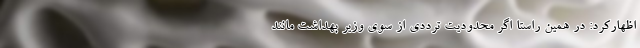
اظهارکرد: در همین راستا اگر محدودیت ترددی از سوی وزیر بهداشت مانند